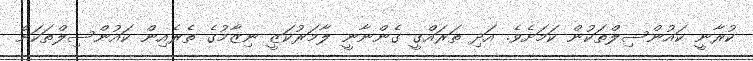
ކުރާނީ ކައުންސިލްތަކުން ކަމަށެވެ. އަދި ތަރައްގީ ގެންނާނީ ލާމަރުކަޒީ ނިޒާމުގެ ތެރެއިން ކައުންސިލްތަކަށް